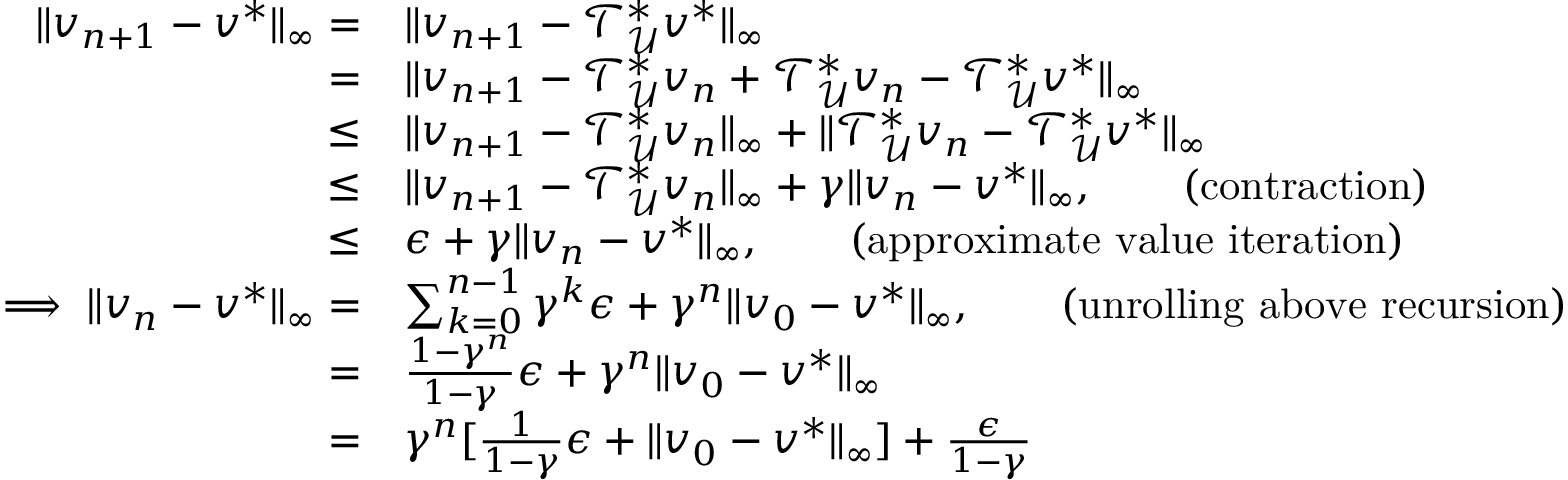
\begin{array} { r l } { \lVert v _ { n + 1 } - v ^ { * } \rVert _ { \infty } = } & { \lVert v _ { n + 1 } - \mathcal { T } _ { \mathcal { U } } ^ { * } v ^ { * } \rVert _ { \infty } } \\ { = } & { \lVert v _ { n + 1 } - \mathcal { T } _ { \mathcal { U } } ^ { * } v _ { n } + \mathcal { T } _ { \mathcal { U } } ^ { * } v _ { n } - \mathcal { T } _ { \mathcal { U } } ^ { * } v ^ { * } \rVert _ { \infty } } \\ { \leq } & { \lVert v _ { n + 1 } - \mathcal { T } _ { \mathcal { U } } ^ { * } v _ { n } \rVert _ { \infty } + \lVert \mathcal { T } _ { \mathcal { U } } ^ { * } v _ { n } - \mathcal { T } _ { \mathcal { U } } ^ { * } v ^ { * } \rVert _ { \infty } } \\ { \leq } & { \lVert v _ { n + 1 } - \mathcal { T } _ { \mathcal { U } } ^ { * } v _ { n } \rVert _ { \infty } + \gamma \lVert v _ { n } - v ^ { * } \rVert _ { \infty } , \qquad \mathrm { ( c o n t r a c t i o n ) } } \\ { \leq } & { \epsilon + \gamma \lVert v _ { n } - v ^ { * } \rVert _ { \infty } , \qquad \mathrm { ( a p p r o x i m a t e ~ v a l u e ~ i t e r a t i o n ) } } \\ { \implies \lVert v _ { n } - v ^ { * } \rVert _ { \infty } = } & { \sum _ { k = 0 } ^ { n - 1 } \gamma ^ { k } \epsilon + \gamma ^ { n } \lVert v _ { 0 } - v ^ { * } \rVert _ { \infty } , \qquad \mathrm { ( u n r o l l i n g ~ a b o v e ~ r e c u r s i o n ) } } \\ { = } & { \frac { 1 - \gamma ^ { n } } { 1 - \gamma } \epsilon + \gamma ^ { n } \lVert v _ { 0 } - v ^ { * } \rVert _ { \infty } } \\ { = } & { \gamma ^ { n } [ \frac { 1 } { 1 - \gamma } \epsilon + \lVert v _ { 0 } - v ^ { * } \rVert _ { \infty } ] + \frac { \epsilon } { 1 - \gamma } } \end{array}